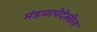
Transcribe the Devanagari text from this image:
मंडळाचेदेखील